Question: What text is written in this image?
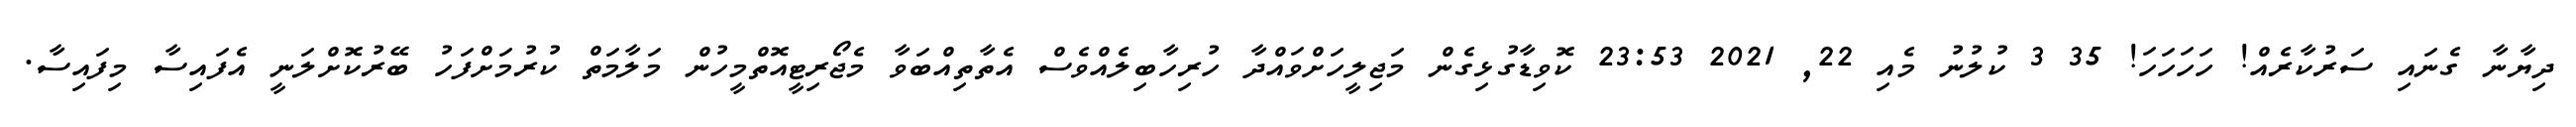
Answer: ދިޔާނާ ގެނައި ސަރުކާރެއް! ހަހަހަހަ! 35 3 ކުލުނު މެއި 22, 2021 23:53 ކޮވިޑާގުޅިގެން މަޖިލީހަށްވައްދާ ހުރިހާބިލެއްވެސް އެތާތިއްބަވާ މެޖޯރިޓީއޮތްމީހުން މަލާމަތް ކުރުމަށްފަހު ބޭރުކޮށްލަނީ އެފައިސާ މިފައިސާ.